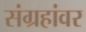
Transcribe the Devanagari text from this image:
संग्रहांवर